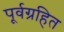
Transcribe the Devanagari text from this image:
पूर्वग्रहित